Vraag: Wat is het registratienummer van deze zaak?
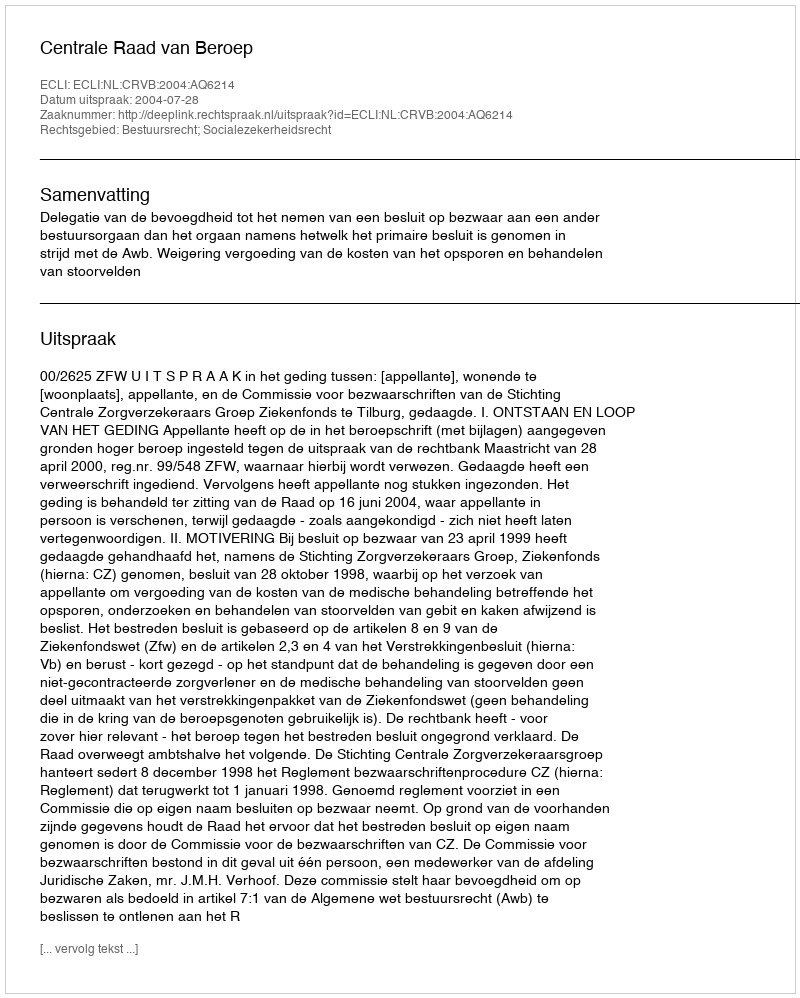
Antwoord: http://deeplink.rechtspraak.nl/uitspraak?id=ECLI:NL:CRVB:2004:AQ6214